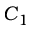
C _ { 1 }